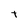
Character: t